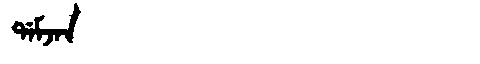
Manchu: ᡩᠠᠮᠵᠠᠨ
Romanization: DAMJAN